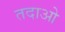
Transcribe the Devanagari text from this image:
तदाओ